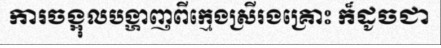
ការចង្អុលបង្ហាញពីក្មេងស្រីរងគ្រោះ ក៏ដូចជា